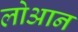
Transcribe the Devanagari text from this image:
लोआन